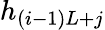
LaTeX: h_{(i-1)L+j}